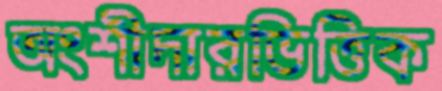
অংশীদারভিত্তিক